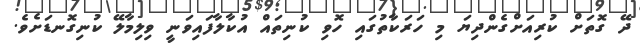
ދޭ ގޮތަށް ކުރިއަށްގެންދިޔަ މި ހަރަކާތުގައި ހޮވި ކުނިތައް އުކާލާފައިވަނީ ވިލިމާލޭ ކުނިގޮނޑަށެވެ.